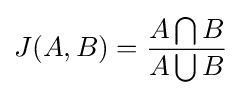
J(A,B)={A\bigcap B \over A\bigcup B}